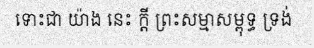
ទោះជា យ៉ាង នេះ ក្តី ព្រះសម្មាសម្ពុទ្ធ ទ្រង់